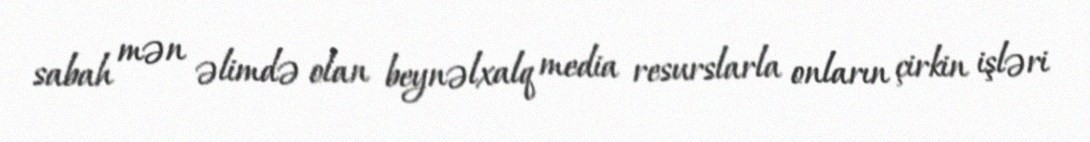
sabah mən əlimdə olan beynəlxalq media resurslarla onların çirkin işləri